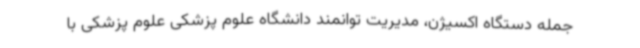
جمله دستگاه اکسیژن، مدیریت توانمند دانشگاه علوم پزشکی علوم پزشکی با